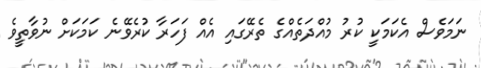
ނަމަވެސް އެކަމަކީ ކުރު މުއްދަތެއްގެ ތެރޭގައި އެއް ފަހަރާ ކުރެވޭނެ ކަމަކަށް ނުވާތީވެ